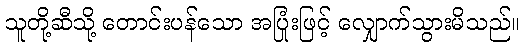
သူတို့ဆီသို့ တောင်းပန်သော အပြုံးဖြင့် လျှောက်သွားမိသည်။